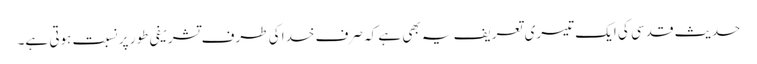
حدیث قدسی کی ایک تیسری تعریف یہ بھی ہے کہ صرف خدا کی طرف تشریفی طور پر نسبت ہوتی ہے۔